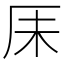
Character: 𫨃